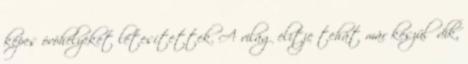
képes óvóhelyeket létesítettek. A világ elitje tehát már készülődik,